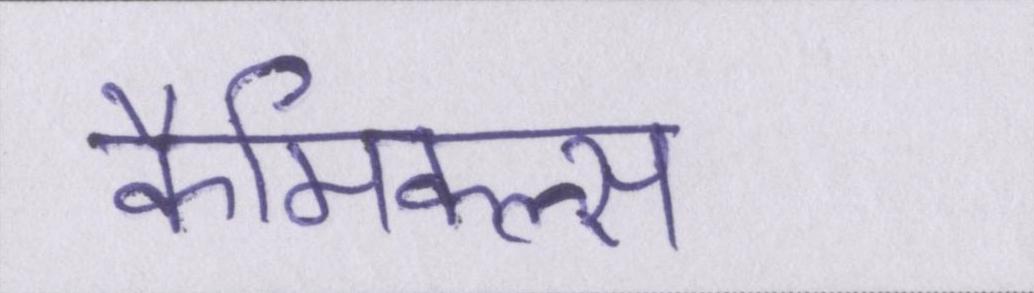
कैमिकल्स